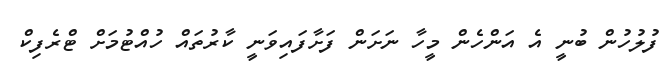
ފުލުހުން ބުނީ އެ އަންހެން މީހާ ނަށަން ފަށާފައިވަނީ ކާރުތައް ހުއްޓުމަށް ޓްރެފިކް